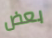
بعض